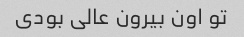
تو اون بیرون عالی بودی